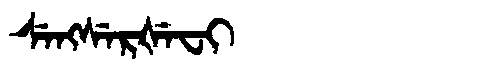
Manchu: ᠰᡝᠩᠰᡝᡵᡧᡝᠸᡳ
Romanization: SENGSERŠEFI